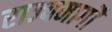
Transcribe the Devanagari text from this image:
राज्यमार्गों